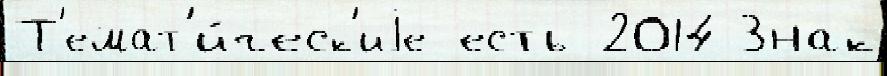
Т'емат'и́ческ'иjе есть 2014 Знак